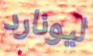
ليونارد